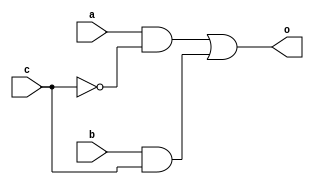
//b12015 ROHIT PATIYAL
module mux2to1(o,a,b,c);
	input a,b,c;
	output o;
	wire x1, x2;
	and a1(x1,a,~c);
	and a2(x2,b,c);
	or o1(o,x1,x2);
endmodule